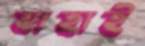
যাহাই